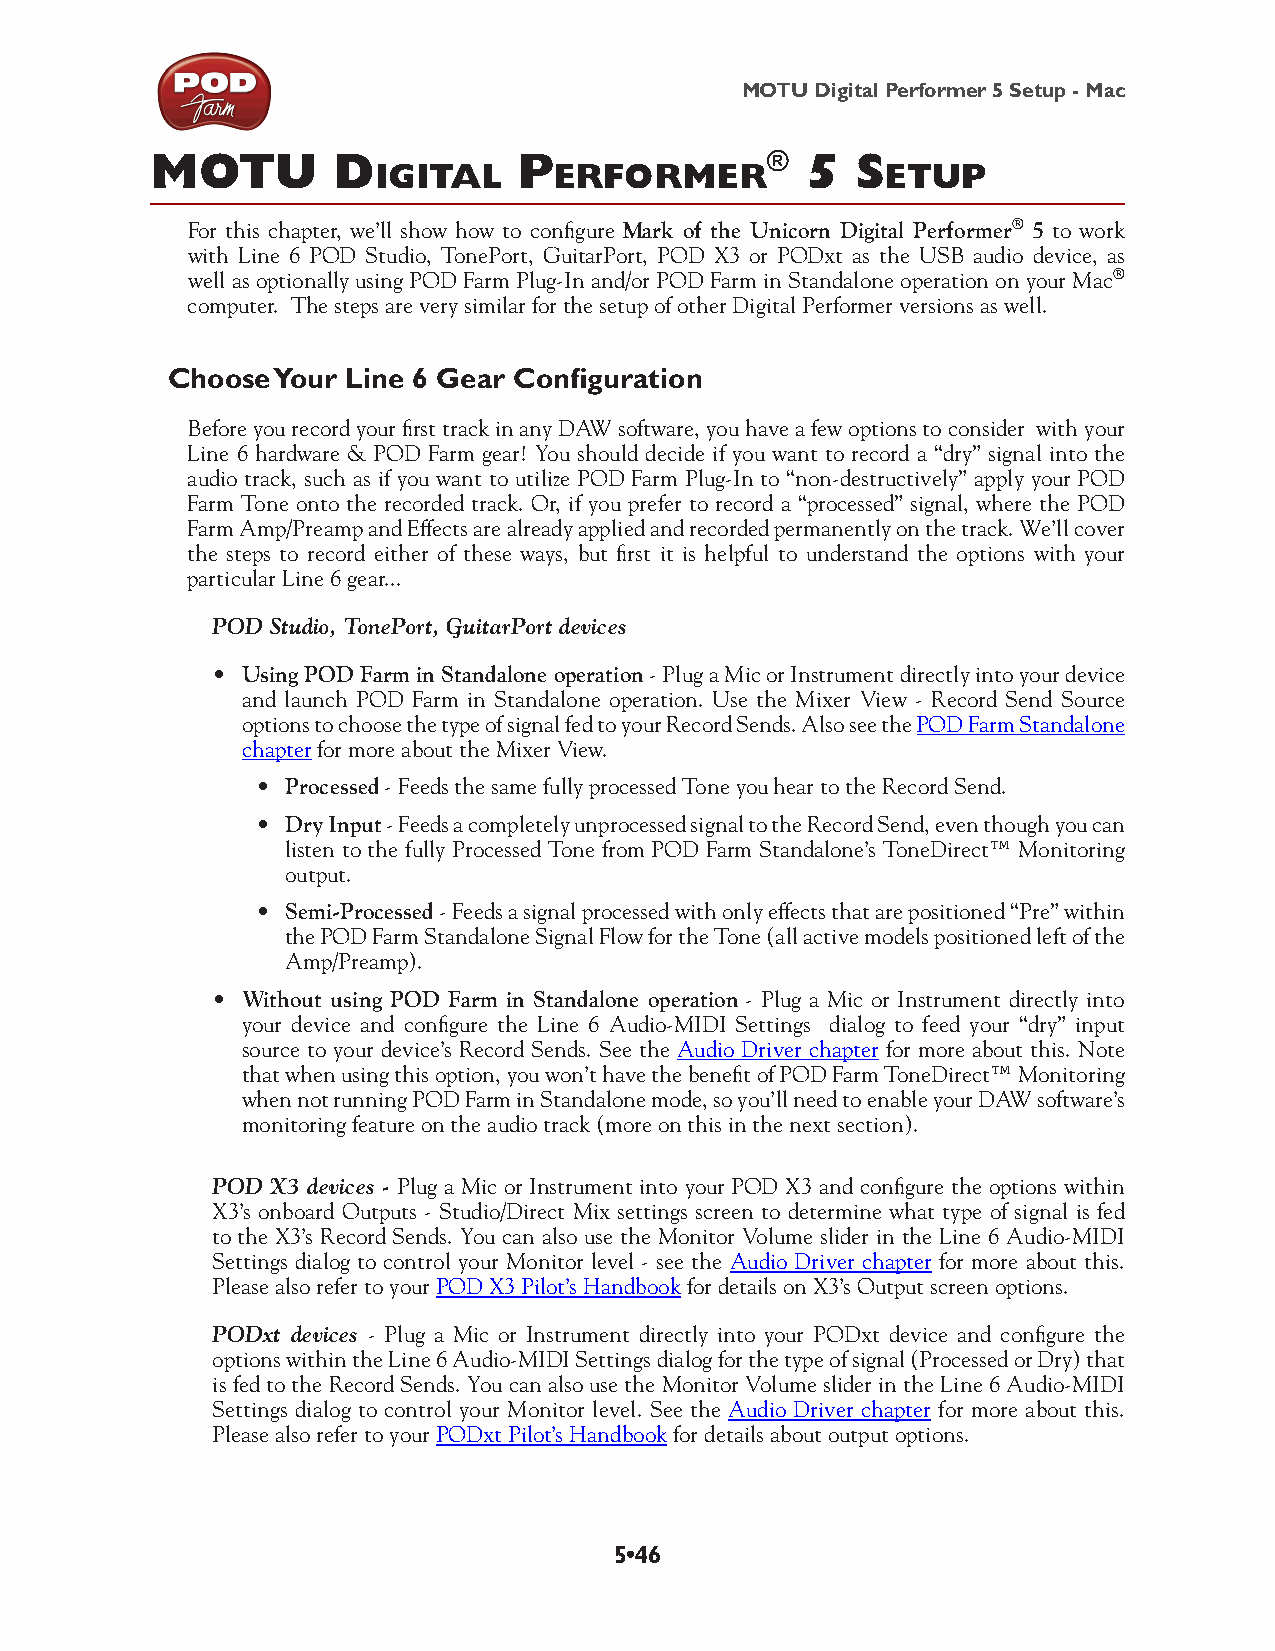
MOTU Digital Performer 5 Setup - Mac
 motu        d           p                ® 5   S
 igital      eRfoRmeR              etup
 For this chapter, we’ll show how to configure Mark of the Unicorn Digital Performer® 5 to work
 with Line 6 POD Studio, TonePort, GuitarPort, POD X3 or PODxt as the USB audio device, as
 well as optionally using POD Farm Plug-In and/or POD Farm in Standalone operation on your Mac®
 computer. The steps are very similar for the setup of other Digital Performer versions as well.
 Choose Your Line 6 Gear Configuration
 Before you record your first track in any DAW software, you have a few options to consider with your
 Line 6 hardware & POD Farm gear! You should decide if you want to record a “dry” signal into the
 audio track, such as if you want to utilize POD Farm Plug-In to “non-destructively” apply your POD
 Farm Tone onto the recorded track. Or, if you prefer to record a “processed” signal, where the POD
 Farm Amp/Preamp and Effects are already applied and recorded permanently on the track. We’ll cover
 the steps to record either of these ways, but first it is helpful to understand the options with your
 particular Line 6 gear...
 POD Studio, TonePort, GuitarPort devices
 • Using POD Farm in Standalone operation - Plug a Mic or Instrument directly into your device
 and launch POD Farm in Standalone operation. Use the Mixer View - Record Send Source
 options to choose the type of signal fed to your Record Sends. Also see the POD Farm Standalone
 chapter for more about the Mixer View.
 • Processed - Feeds the same fully processed Tone you hear to the Record Send.
 • Dry Input - Feeds a completely unprocessed signal to the Record Send, even though you can
 listen to the fully Processed Tone from POD Farm Standalone’s ToneDirect™ Monitoring
 output.
 • Semi-Processed - Feeds a signal processed with only effects that are positioned “Pre” within
 the POD Farm Standalone Signal Flow for the Tone (all active models positioned left of the
 Amp/Preamp).
 • Without using POD Farm in Standalone operation - Plug a Mic or Instrument directly into
 your device and configure the Line 6 Audio-MIDI Settings dialog to feed your “dry” input
 source to your device’s Record Sends. See the Audio Driver chapter for more about this. Note
 that when using this option, you won’t have the benefit of POD Farm ToneDirect™ Monitoring
 when not running POD Farm in Standalone mode, so you’ll need to enable your DAW software’s
 monitoring feature on the audio track (more on this in the next section).
 POD X3 devices - Plug a Mic or Instrument into your POD X3 and configure the options within
 X3’s onboard Outputs - Studio/Direct Mix settings screen to determine what type of signal is fed
 to the X3’s Record Sends. You can also use the Monitor Volume slider in the Line 6 Audio-MIDI
 Settings dialog to control your Monitor level - see the Audio Driver chapter for more about this.
 Please also refer to your POD X3 Pilot’s Handbook for details on X3’s Output screen options.
 PODxt devices - Plug a Mic or Instrument directly into your PODxt device and configure the
 options within the Line 6 Audio-MIDI Settings dialog for the type of signal (Processed or Dry) that
 is fed to the Record Sends. You can also use the Monitor Volume slider in the Line 6 Audio-MIDI
 Settings dialog to control your Monitor level. See the Audio Driver chapter for more about this.
 Please also refer to your PODxt Pilot’s Handbook for details about output options.
 5•46